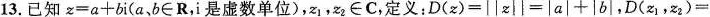
13.已知z=a+bi(a b∈R，i是虚数单位)，z_{1}，z_{2}∈C，定义：$$D ( z ) = | | x | | = | a | + | b |$$，$$D( z_{ 1 } ， z_{ 2 } )=